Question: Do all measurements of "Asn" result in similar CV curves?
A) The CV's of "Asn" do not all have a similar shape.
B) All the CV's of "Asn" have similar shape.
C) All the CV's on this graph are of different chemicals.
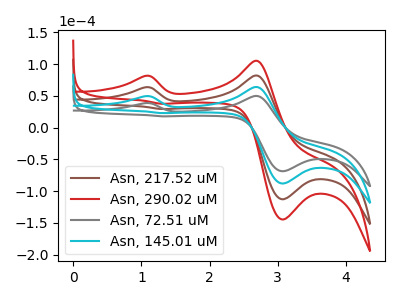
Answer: <think>The brown curve "Asn, 217.52 uM" has anodic peaks at (1.05V, 99.15uA) (2.70V, 128.15uA) and cathodic peaks at (3.05V, -175.90uA) (1.30V, 45.80uA). The red curve "Asn, 290.02 uM" has anodic peaks at (1.05V, 148.75uA) (2.70V, 192.25uA) and cathodic peaks at (3.05V, -263.85uA) (1.30V, 68.65uA). The gray curve "Asn, 72.51 uM" has anodic peaks at (1.05V, 38.65uA) (2.70V, 50.00uA) and cathodic peaks at (3.05V, -68.60uA) (1.30V, 17.85uA). The cyan curve "Asn, 145.01 uM" has anodic peaks at (1.05V, 49.60uA) (2.70V, 64.10uA) and cathodic peaks at (3.05V, -87.95uA) (1.30V, 22.90uA).
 All the peaks in "Asn, 217.52 uM" have a peak in "Asn, 290.02 uM" at the same potential. All the peaks in "Asn, 217.52 uM" have a peak in "Asn, 72.51 uM" at the same potential. All the peaks in "Asn, 217.52 uM" have a peak in "Asn, 145.01 uM" at the same potential. All the peaks in "Asn, 290.02 uM" have a peak in "Asn, 72.51 uM" at the same potential. All the peaks in "Asn, 290.02 uM" have a peak in "Asn, 145.01 uM" at the same potential. All the peaks in "Asn, 72.51 uM" have a peak in "Asn, 145.01 uM" at the same potential.</think>
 <answer>B) All the CV's of "Asn" have similar shape.</answer>
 <eval>B</eval>